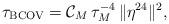
LaTeX: \begin{align*}\tau_{\rm BCOV}={\mathcal C}_{M}\,\tau_{M}^{-4}\,\|\eta^{24}\|^{2},\end{align*}